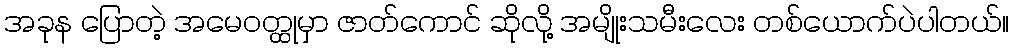
အခုန ပြောတဲ့ အမေဝတ္ထုမှာ ဇာတ်ကောင် ဆိုလို့ အမျိုးသမီးလေး တစ်ယောက်ပဲပါတယ်။